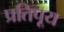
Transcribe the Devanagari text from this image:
प्रतिपूय